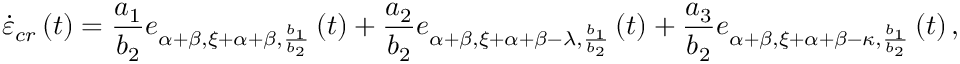
\dot { \varepsilon } _ { c r } \left( t \right) = \frac { a _ { 1 } } { b _ { 2 } } e _ { \alpha + \beta , \xi + \alpha + \beta , \frac { b _ { 1 } } { b _ { 2 } } } \left( t \right) + \frac { a _ { 2 } } { b _ { 2 } } e _ { \alpha + \beta , \xi + \alpha + \beta - \lambda , \frac { b _ { 1 } } { b _ { 2 } } } \left( t \right) + \frac { a _ { 3 } } { b _ { 2 } } e _ { \alpha + \beta , \xi + \alpha + \beta - \kappa , \frac { b _ { 1 } } { b _ { 2 } } } \left( t \right) ,